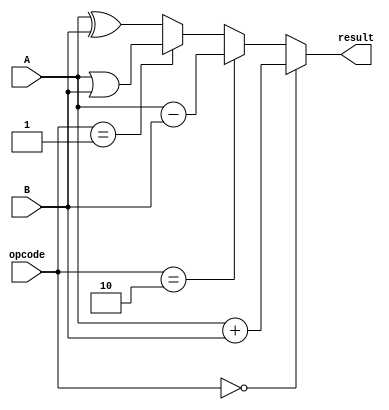
module alu4bit_gold (A, B, opcode,result);
 parameter N = 3; 
 input [N:0]A,B;
input [N-2:0] opcode;
output  [N:0] result;
assign result = (opcode == 2'b00) ? A+B:
(opcode == 2'b10) ? A - B:
(opcode == 2'b01) ? A| B:
 A ^ B ;
/* always @(*) begin
 	if (opcode == 2'b00) begin
 			result = A+B;
 	end
 	else if (opcode == 2'b10) begin
 		result = A - B;
 	end
 	else if(opcode == 2'b01) begin
 		result = A| B;
 	end
 	else begin
 		result = A ^ B ;
 	end
 end*/

endmodule